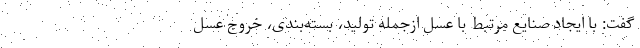
گفت: با ایجاد صنایع مرتبط با عسل ازجمله تولید، بسته‌بندی، خروج عسل